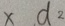
x d 2